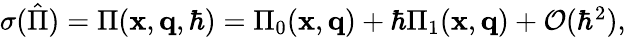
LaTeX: \begin{array}{r}{\sigma(\hat{\Pi})=\Pi(\mathbf{x},\mathbf{q},\hbar)=\Pi_{0}(\mathbf{x},\mathbf{q})+\hbar\Pi_{1}(\mathbf{x},\mathbf{q})+\mathcal{O}(\hbar^{2}),}\end{array}